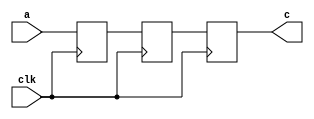
module hmm(clk,a,c);
input a,clk;
output c;
reg q1,b,c;
always @ (posedge clk)
begin
q1<=a;
b<=q1;
c<=b;
end
endmodule